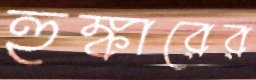
হুঙ্কারের